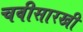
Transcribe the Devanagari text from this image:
चवीसारखी